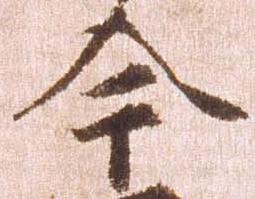
今